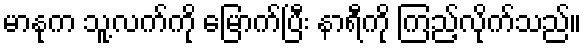
မာနုက သူ့လက်ကို မြောက်ပြီး နာရီကို ကြည့်လိုက်သည်။